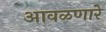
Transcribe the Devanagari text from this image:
आवळणारे